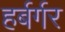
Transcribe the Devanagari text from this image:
हर्बर्गर